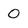
Character: O